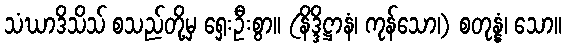
သံဃာဒိသိသ် စသည်တို့မှ ရှေးဦးစွာ။ (နိဒ္ဒိဋ္ဌာနံ၊ ကုန်သော၊) စတုန္နံ၊ သော။